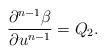
\begin{align*} \frac{\partial^{n-1}\beta}{\partial u^{n-1}}=Q_2.\end{align*}